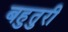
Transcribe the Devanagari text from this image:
बहुतुरी